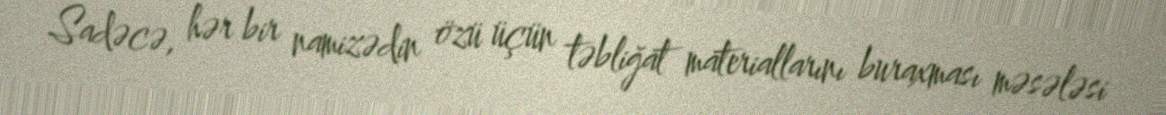
Sadəcə, hər bir namizədin özü üçün təbliğat materiallarını buraxması məsələsi